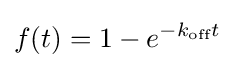
f(t)=1-e^{-k_{\text{off}}t}